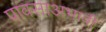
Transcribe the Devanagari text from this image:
पावसाअभावी